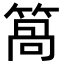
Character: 䈑